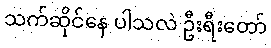
သက်ဆိုင်နေ ပါသလဲ ဦးရီးတော်